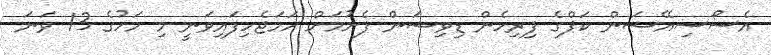
އެސޯސިއޭޝަން ކަޕްގެ ފިރިހެން ޑިވިޝަން ފެށުމަށް ހަމަޖެހިފައިވަނީ މި މަހުގެ 13 ވަނަ